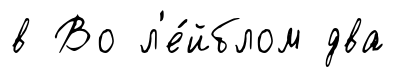
в Во л'е́йблом два